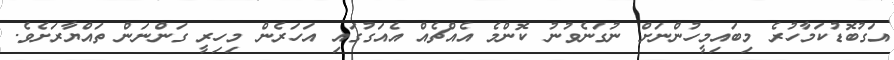
އަގުބޮޑުކަމާހުރެ މިބައިމީހުންނަށް ނުގަނެވުނު ކޮންމެ އެއްޗެއް އެއަގުގައި އަހަރެން މިހިރީ ގަންނަން ތައްޔާރަށެވެ.